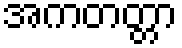
အကတတ္တာ